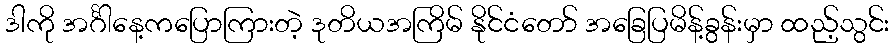
ဒါကို အင်္ဂါနေ့ကပြောကြားတဲ့ ဒုတိယအကြိမ် နိုင်ငံတော် အခြေပြမိန့်ခွန်းမှာ ထည့်သွင်း